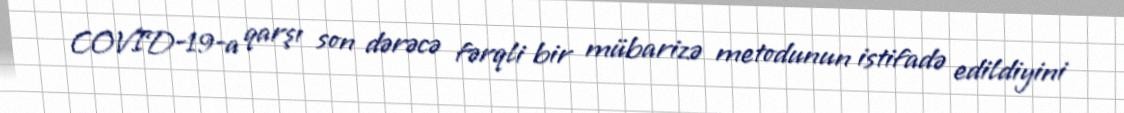
COVID-19-a qarşı son dərəcə fərqli bir mübarizə metodunun istifadə edildiyini